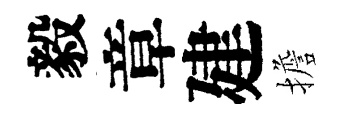
毅章建擔